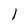
Character: l